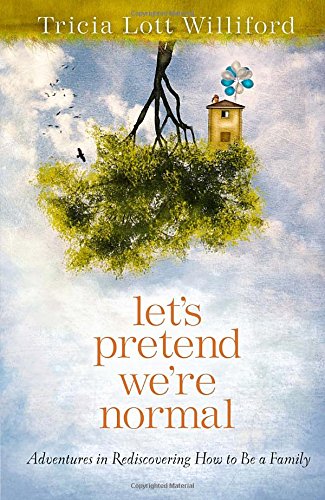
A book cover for Let's Pretend We're Normal: Adventures in Rediscovering How to Be a Family; Tricia Lott Williford; Parenting & Relationships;